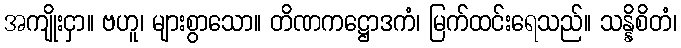
အကျိုးငှာ။ ဗဟူ၊ များစွာသော။ တိဏကဋ္ဌောဒကံ၊ မြက်ထင်းရေသည်။ သန္နိစိတံ၊